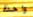
واحدة